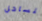
للساحل